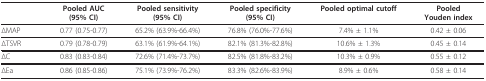
|  | Pooled AUC(95% CI) | Pooled sensitivity(95% CI) | Pooled specificity(95% CI) | Pooled optimal cutoff | PooledYouden index |
 | --- | --- | --- | --- | --- | --- |
 | ΔMAP | 0.77 (0.75-0.77) | 65.2% (63.9%-66.4%) | 76.8% (76.0%-77.6%) | 7.4% ± 1.1% | 0.42 ± 0.06 |
 | ΔTSVR | 0.79 (0.78-0.79) | 63.1% (61.9%-64.1%) | 82.1% (81.3%-82.8%) | 10.6% ± 1.3% | 0.45 ± 0.14 |
 | ΔC | 0.83 (0.83-0.84) | 72.6% (71.4%-73.7%) | 82.5% (81.8%-83.2%) | 10.3% ± 0.9% | 0.55 ± 0.12 |
 | ΔEa | 0.86 (0.85-0.86) | 75.1% (73.9%-76.2%) | 83.3% (82.6%-83.9%) | 8.9% ± 0.6% | 0.58 ± 0.14 |